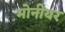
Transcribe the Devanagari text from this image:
मोनीयर